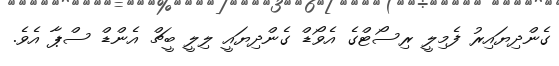
ގެންދިޔައިރު ފެމިލީ ރިސޯޓްގެ އެވޯޑް ގެންދިޔައީ ލިލީ ބީޗް އެންޑް ސްޕާ އެވެ.